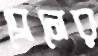
ব্রেনের